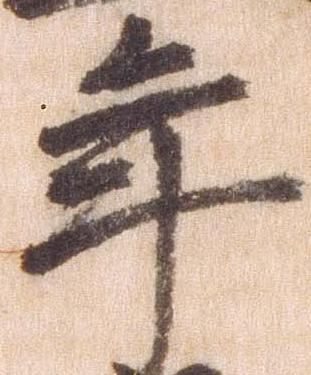
年